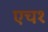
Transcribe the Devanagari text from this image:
एच१